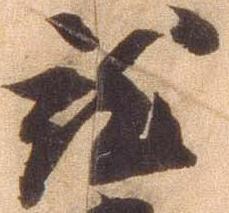
就